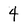
Character: 4